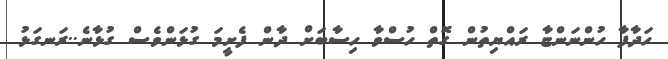
ހަދާފާ ހުންނަންޏާ ރައްޔިތުން ގޮތް ހުސްވާ ހިސާބަށް ދާން ފެށީމަ ގުޅަންވެސް ގުޅާނެ..ރަނގަޅު